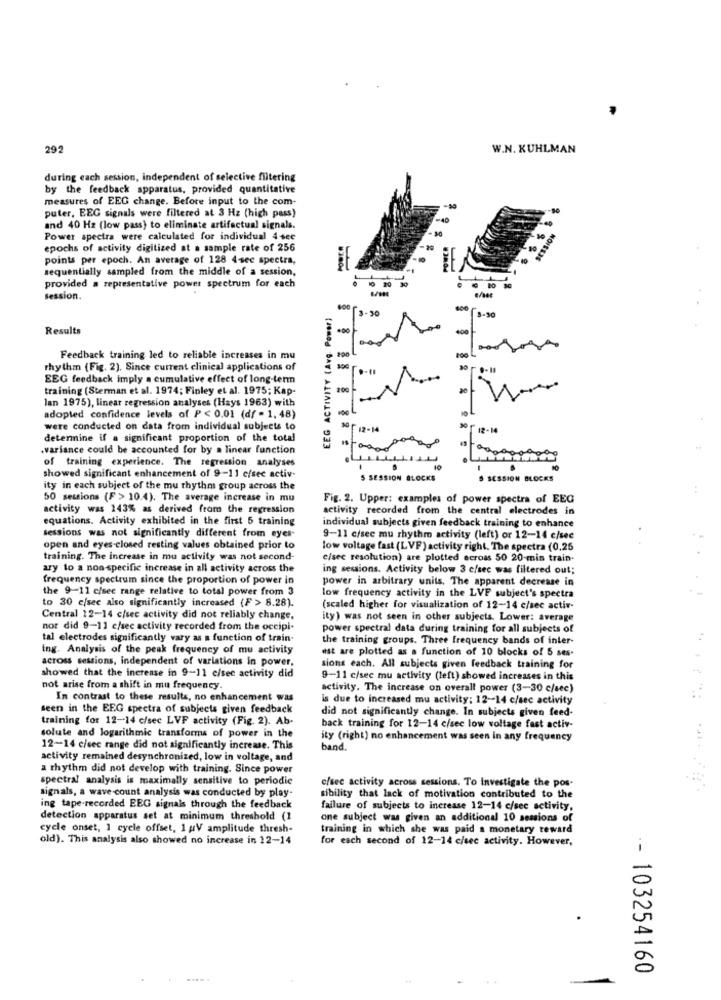
292
W.N. KUHLMAN
during each session, independent of selective filtering
by the feedback apparatus, provided quantitative
measures of EEG change. Before input to the com-
puter, EEG signals were filtered at 3 Hz (high pass)
and 40 Hz (low pass) to eliminate artifactual signals.
Power spectra were calculated for individual 4 sec
epochs of activity digitized at a sample rate of 256
points per epoch. An average of 128 4-sec spectra,
sequentially sampled from the middle of a session,
provided a representative power spectrum for each
session.
EEG ACTIVITY (Avg Power)
8-30
Results
400
200 L
Feedback training led to reliable increases in mu
rhythm (Fig. 2). Since current clinical applications of
EEG feedback imply a cumulative effect of long-term
training (Sterman et al. 1974; Finley et al. 1975; Kap-
200
lan 1975), linear regression analyses (Hays 1963) with
adopted confidence levels of P < 0.01 (df - 1. 48)
were conducted on data from individual subjects to
12-14
of 12-10
determine if a significant proportion of the total
.variance could be accounted for by a linear function
of training experience. The regression analyses
10
.
showed significant enhancement of 9-11 efsee activ-
S SESSION BLOCKS
S SESSION BLOCKS
ity in each subject of the mu rhythm group across the
50 sessions (F > 10.4). The average increase in mu
Fig. 2. Upper: examples of power spectra of EEG
activity was 143% as derived from the regression
activity recorded from the central electrodes in
equations. Activity exhibited in the first 5 training
individual subjects given feedback training to enhance
sessions was not significantly different from eyes-
9-11 c/sec mu rhythm activity (left) or 12-14 c/sec
open and eyes closed resting values obtained prior to
low voltage fast (LVF) activity right. The spectra (0.25
training. The increase in mu activity was not second-
cisec resolution) are plotted ecross 50 20-min train.
ary to a non-specific increase in all activity across the
ing sessions. Activity below 3 c/sec was filtered out;
frequency spectrum since the proportion of power in
power in arbitrary units. The apparent decrease in
the 9-11 c/see range relative to total power from 3
to 30 c/see also significantly increased (F > 8.28).
low frequency activity in the LVF subject's spectra
(scaled higher for visualization of 12-14 c/sec activ-
Central 12-14 c/sec activity did not reliably change,
ity) was not seen in other subjects. Lower: average
nor did 9-11 c/sec activity recorded from the occipi-
power spectral data during training for all subjects of
tal electrodes significantly vary as a function of train-
the training groups. Three frequency bands of inter-
ing. Analysis of the peak frequency of mu activity
est are plotted as a function of 10 blocks of 5 ses-
across sessions, independent of variations in power,
sions each. All subjects given feedback training for
showed that the increase in 9-11 c/see activity did
9-11 c/sec mu activity (left) showed increases in this
not arise from a shift in mu frequency.
activity. The increase on overall power (3-30 c/sec)
In contrast to these results, no enhancement was
is due to increased mu activity; 12-14 c/sec activity
seen in the EEG spectra of subjects given feedback
did not significantly change. In subjects given feed-
training for 12-14 c/sec LVF activity (Fig. 2). Ab-
back training for 12-14 c/sec low voltage fast activ-
solute and logarithmic transforms of power in the
ity (right) no enhancement was seen In any frequency
12-14 c/sec range did not significantly increase. This
band.
activity remained desynchronized, low in voltage, and
a rhythm did not develop with training. Since power
spectral analysis is maximally sensitive to periodic
c/sec activity across sessions. To Investigate the pos-
signals, a wave count analysis was conducted by play-
sibility that lack of motivation contributed to the
ing tape-recorded EEG signals through the feedback
failure of subjects to increase 12-14 c/sec activity,
detection apparatus set at minimum threshold (1
one subject was given an additional 10 sessions of
cycle onset, 1 cycle offset, 1 ;V amplitude thresh-
training in which she was paid a monetary reward
old). This analysis also showed no increase in 12-14
for each second of 12-14 c/sec activity. However,
-- 103254160